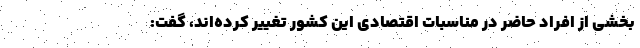
بخشی از افراد حاضر در مناسبات اقتصادی این کشور تغییر کرده‌اند، گفت: